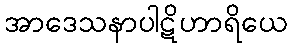
အာဒေသနာပါဋိဟာရိယေ